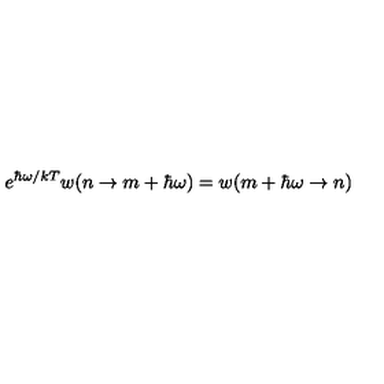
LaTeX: e ^ { \hbar \omega / k T } w ( n \rightarrow m + \hbar \omega ) = w ( m + \hbar \omega \rightarrow n )